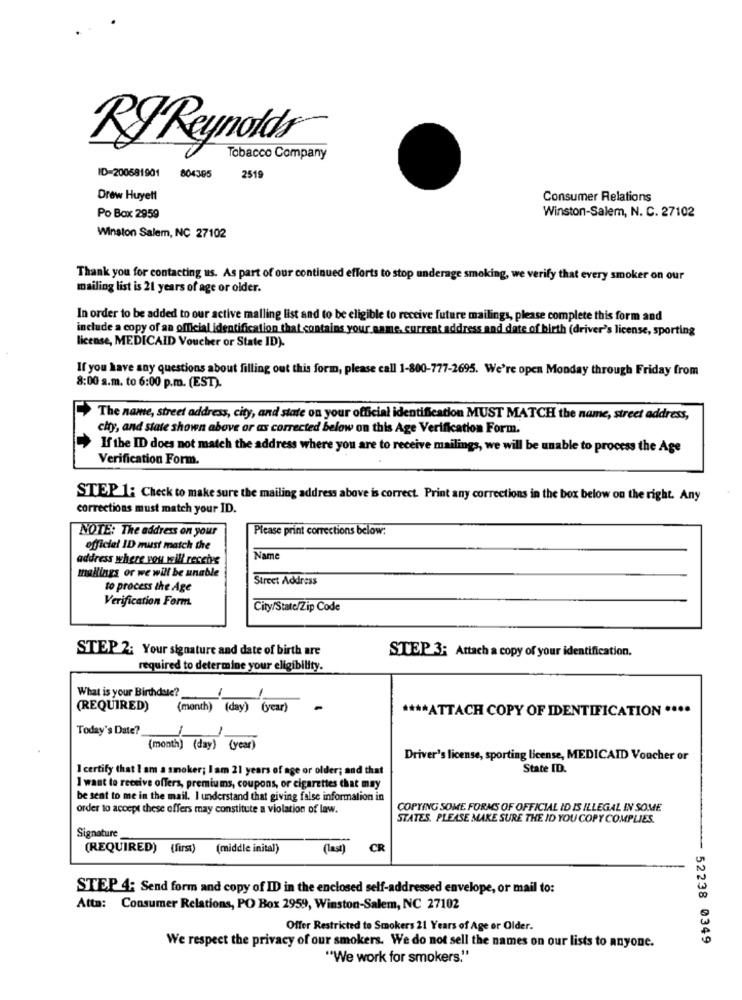
RJ Reynolds
Tobacco Company
804395
ID=200581901
2519
Drew Huyett
Consumer Relations
Winston-Salem, N. C. 27102
Po Box 2959
Winston Salem, NC 27102
Thank you for contacting us. As part of our continued efforts to stop underage smoking, we verify that every smoker on our
mailing list is 21 years of age or older.
In order to be added to our active mailing list and to be eligible to receive future mailings, please complete this form and
include a copy of an official identification that contains your name, current address and date of birth (driver's license, sporting
license, MEDICAID Voucher or State ID).
If you have any questions about filling out this form, please call 1-800-777-2695. We're open Monday through Friday from
8:00 a.m. to 6:00 p.m. (EST).
The name, street address, city, and state on your official identification MUST MATCH the name, street address,
city, and state shown above or as corrected below on this Age Verification Form.
If the ID does not match the address where you are to receive mailings, we will be unable to process the Age
Verification Form.
STEP 1: Check to make sure the mailing address above is correct. Print any corrections in the box below on the right. Any
corrections must match your ID.
NOTE: The address on your
Please print corrections below:
official ID must match the
address where you will receive
Name
mallings or we will be unable
Street Address
to process the Age
Verification Form.
City/State/Zip Code
STEP 2; Your signature and date of birth are
STEP 3; Attach a copy of your identification.
required to determine your eligibility.
What is your Birthdate?
-
(REQUIRED)
(month) (day) (year)
-
**** ATTACH COPY OF IDENTIFICATION ....
Today's Date?
(month) (day) (year)
Driver's license, sporting license, MEDICAID Voucher or
I certify that I am a smoker; I am 21 years of age or older; and that
State ID.
I want to receive offers, premiums, coupons, or cigarettes that may
be sent to me in the mail. I understand that giving false information in
order to accept these offers may constitute a violation of law.
COPYING SOME FORMS OF OFFICIAL ID IS ILLEGAL IN SOME
STATES. PLEASE MAKE SURE THE ID YOU COPY COMPLIES.
Signature
(REQUIRED) (first)
(middle inital)
(last)
CR
STEP 4: Send form and copy of IID in the enclosed self-addressed envelope, or mail to:
Atta: Consumer Relations, PO Box 2959, Winston-Salem, NC 27102
Offer Restricted to Smokers 21 Years of Age or Older.
- 52238 0349
We respect the privacy of our smokers. We do not sell the names on our lists to anyone.
"We work for smokers."